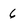
Character: 6